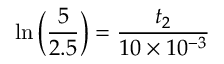
\ln \Big ( \frac { 5 } { 2 . 5 } \Big ) = \frac { t _ { 2 } } { 1 0 \times 1 0 ^ { - 3 } }